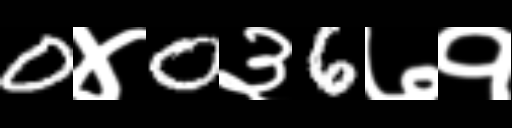
Text: 0४0३6७१